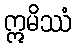
ဣမိဿံ